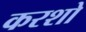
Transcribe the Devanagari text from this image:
करशो